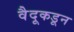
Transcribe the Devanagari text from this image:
वैदूकडून